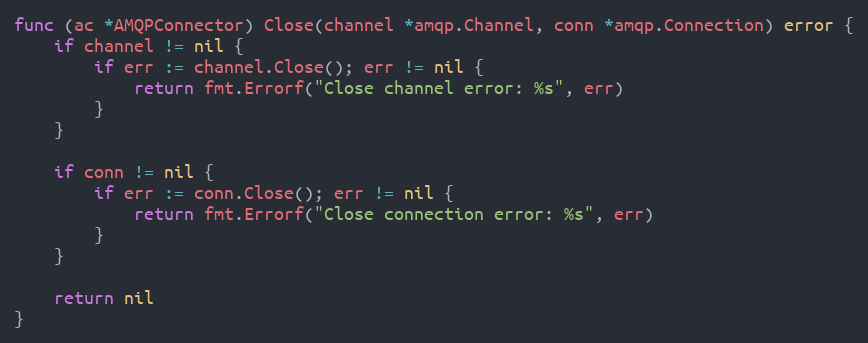
Language: Go
func (ac *AMQPConnector) Close(channel *amqp.Channel, conn *amqp.Connection) error {
	if channel != nil {
		if err := channel.Close(); err != nil {
			return fmt.Errorf("Close channel error: %s", err)
		}
	}

	if conn != nil {
		if err := conn.Close(); err != nil {
			return fmt.Errorf("Close connection error: %s", err)
		}
	}

	return nil
}